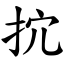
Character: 抭